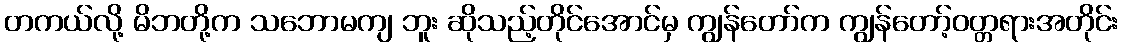
တကယ်လို့ မိဘတို့က သဘောမကျ ဘူး ဆိုသည့်တိုင်အောင်မှ ကျွန်တော်က ကျွန်တော့်ဝတ္တရားအတိုင်း